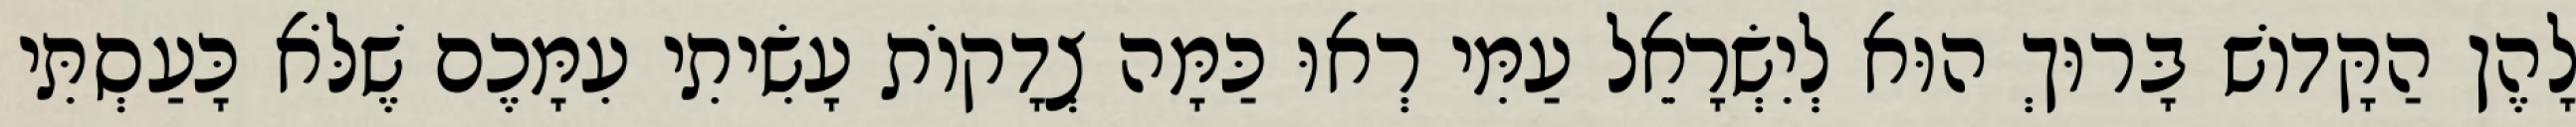
לָהֶן הַקָּדוֹשׁ בָּרוּךְ הוּא לְיִשְׂרָאֵל עַמִּי רְאוּ כַּמָּה צְדָקוֹת עָשִׂיתִי עִמָּכֶם שֶׁלֹּא כָּעַסְתִּי